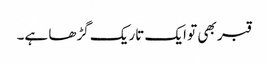
قبر بھی تو ایک تاریک گڑھا ہے۔